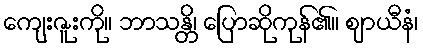
ကျေးဇူးကို။ ဘာသန္တိ၊ ပြောဆိုကုန်၏။ ဈာယီနံ၊